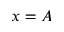
x = A